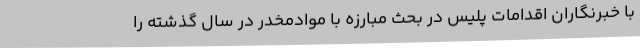
با خبرنگاران اقدامات پلیس در بحث مبارزه با موادمخدر در سال گذشته را